Juri_Uluots, lk 33
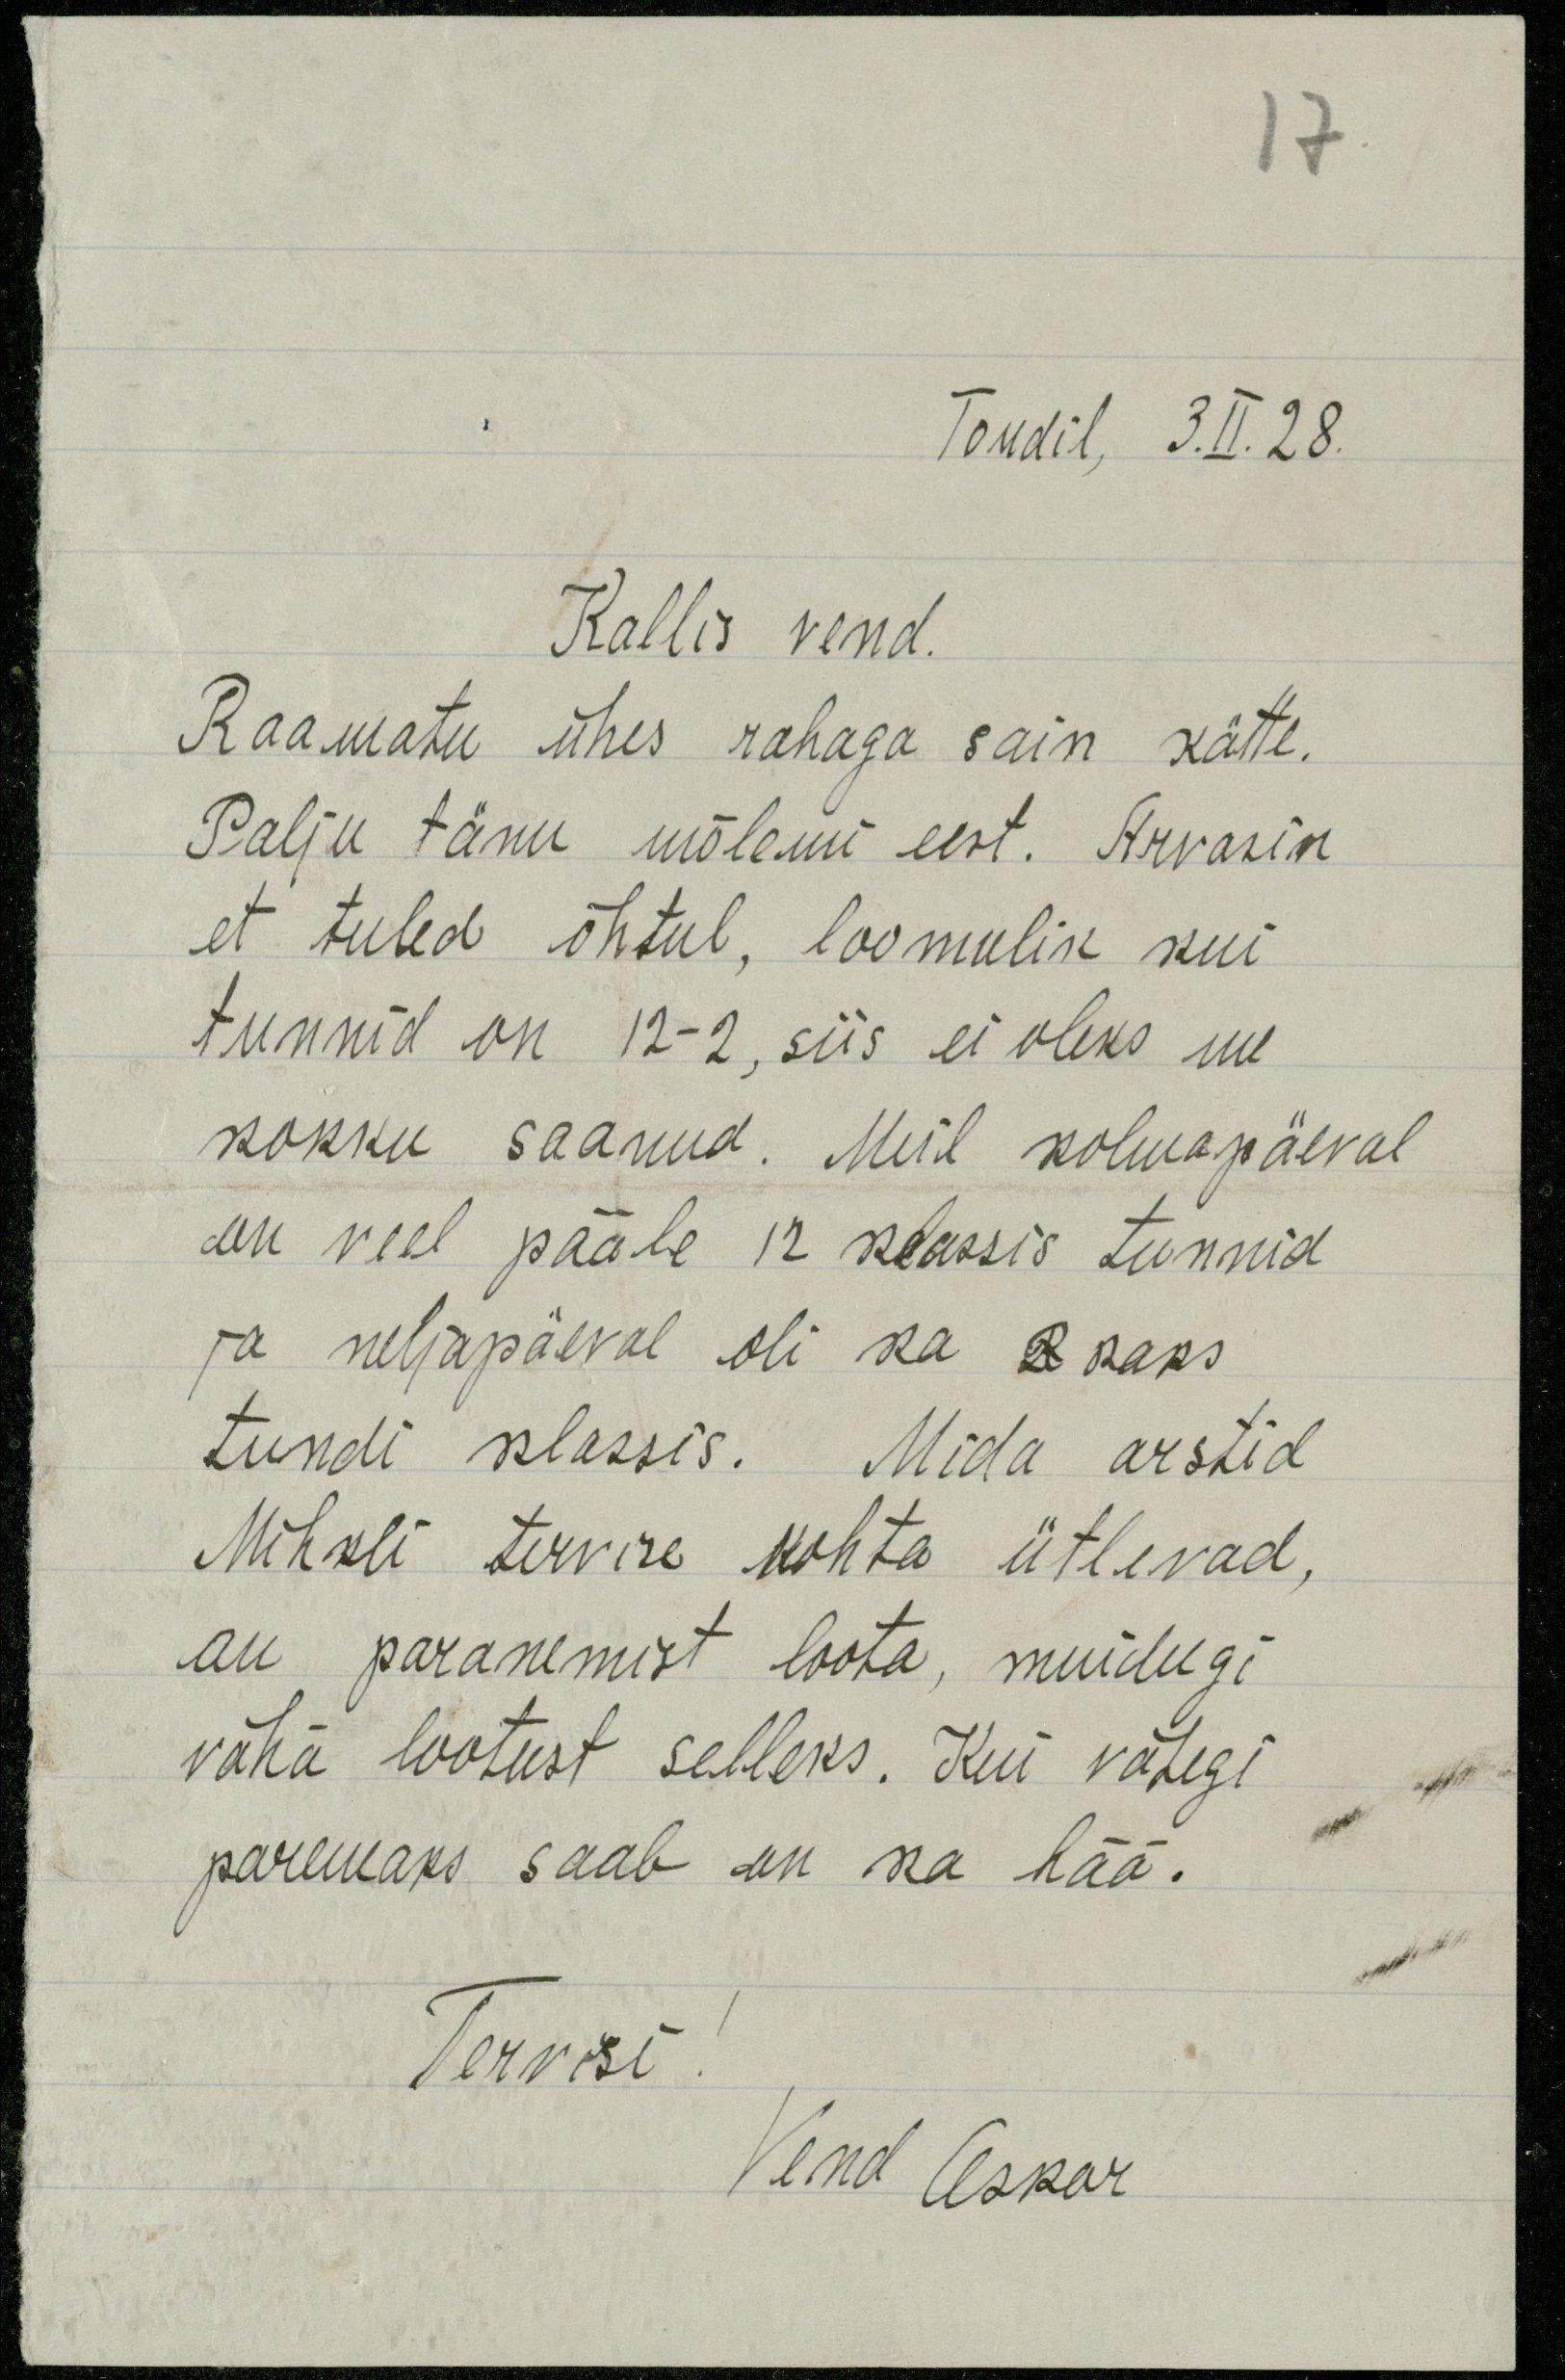
Tondil, 3.II.28.
Kallis vend.
Raamatu ühes rahaga sain kätte.
Palju tänu mõlemi eest. Arvasin
et tuled õhtul, loomulik kui
tunnid on 12-2, siis ei oleks me
kokku saanud. Meil kolmapäeval
on veel pääle 12 klassis tunnid
ja neljapäeval oli ka kaks
tundi klassis. Mida arstid
Mihkli tervise kohta ütlevad,
on paranemist loota, muidugi
vähä lootust selleks. Kui vähegi
paremaks saab on ka hää.
Tervisi!
Vend Oskar